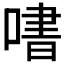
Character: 𫫒